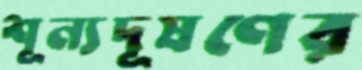
শূন্যদূষণের